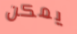
يمكن